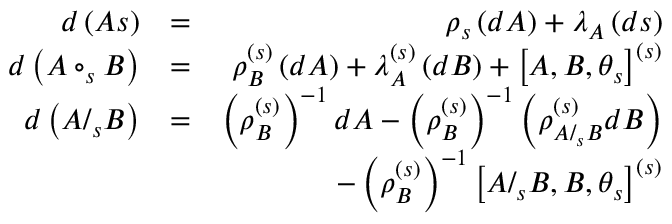
\begin{array} { r l r } { d \left( A s \right) } & { = } & { \rho _ { s } \left( d A \right) + \lambda _ { A } \left( d s \right) } \\ { d \left( A \circ _ { s } B \right) } & { = } & { \rho _ { B } ^ { \left( s \right) } \left( d A \right) + \lambda _ { A } ^ { \left( s \right) } \left( d B \right) + \left[ A , B , \theta _ { s } \right] ^ { \left( s \right) } } \\ { d \left( A / _ { s } B \right) } & { = } & { \left( \rho _ { B } ^ { \left( s \right) } \right) ^ { - 1 } d A - \left( \rho _ { B } ^ { \left( s \right) } \right) ^ { - 1 } \left( \rho _ { A / _ { s } B } ^ { \left( s \right) } d B \right) } \\ & { } & { - \left( \rho _ { B } ^ { \left( s \right) } \right) ^ { - 1 } \left[ A / _ { s } B , B , \theta _ { s } \right] ^ { \left( s \right) } } \end{array}